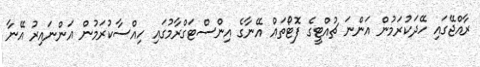
ރާއްޖޭގައި ހޭދަކުރަމުން އަންނަ ޗުއްޓީގެ ފޮޓޯތައް އޭނާގެ އިންސްޓަގްރާމުގައި ހިއްސާކުރަމުން އަންނައިރު އޭނާ